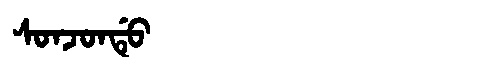
Manchu: ᠰᠣᠨᠵᠣᠨᡩᡠ
Romanization: SONJONDU